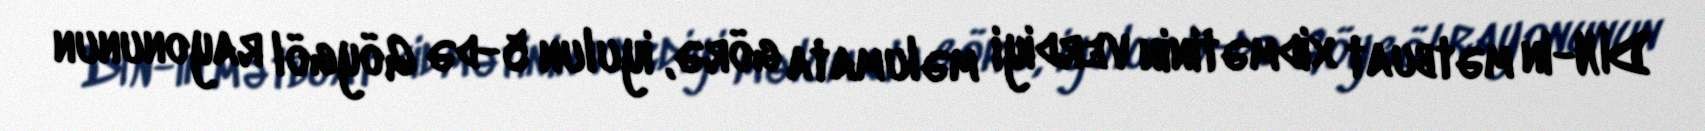
DİN-in mətbuat xidmətinin verdiyi məlumata görə, iyulun 5-də Göygöl rayonunun